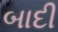
બાદી